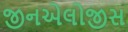
જીનએલોજીસ